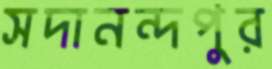
সদানন্দপুর